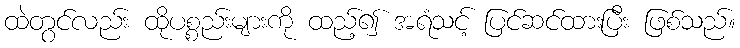
ထဲတွင်လည်း ထိုပစ္စည်းများကို ထည့်၍ အရံသင့် ပြင်ဆင်ထားပြီး ဖြစ်သည်။